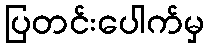
ပြတင်းပေါက်မှ